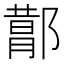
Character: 𬪕